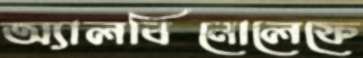
অ্যালবিনোলেফে